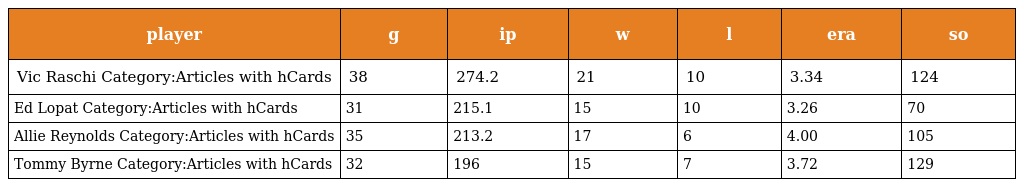
| player | g | ip | w | l | era | so |
 | --- | --- | --- | --- | --- | --- | --- |
 | Vic Raschi Category:Articles with hCards | 38 | 274.2 | 21 | 10 | 3.34 | 124 |
 | Ed Lopat Category:Articles with hCards | 31 | 215.1 | 15 | 10 | 3.26 | 70 |
 | Allie Reynolds Category:Articles with hCards | 35 | 213.2 | 17 | 6 | 4.00 | 105 |
 | Tommy Byrne Category:Articles with hCards | 32 | 196 | 15 | 7 | 3.72 | 129 |